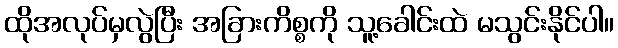
ထိုအလုပ်မှလွဲပြီး အခြားကိစ္စကို သူ့ခေါင်းထဲ မသွင်းနိုင်ပါ။